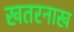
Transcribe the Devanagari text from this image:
खतरनाख